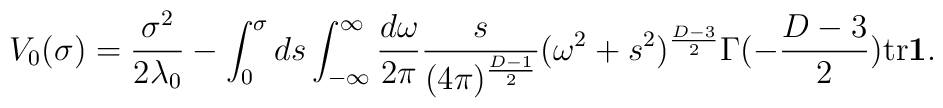
V_{0}(\sigma)=\frac{\sigma^{2}}{2\lambda_{0}}-  \int_{0}^{\sigma}ds\int_{-\infty}^{\infty}\frac{d\omega}{2\pi}  \frac{s}{(4\pi)^{\frac{D-1}{2}}}(\omega^{2}+s^{2})^{\frac{D-3}{2}}  \Gamma(-\frac{D-3}{2}) \mbox{tr}\mbox{\boldmath$1$}.